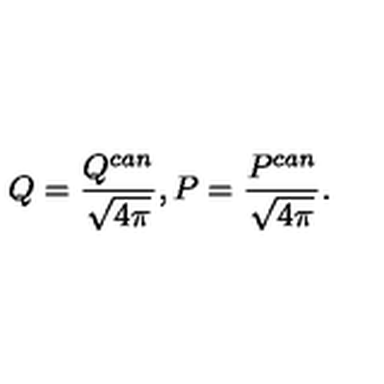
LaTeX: Q = \frac { Q ^ { c a n } } { \sqrt { 4 \pi } } , P = \frac { P ^ { c a n } } { \sqrt { 4 \pi } } .